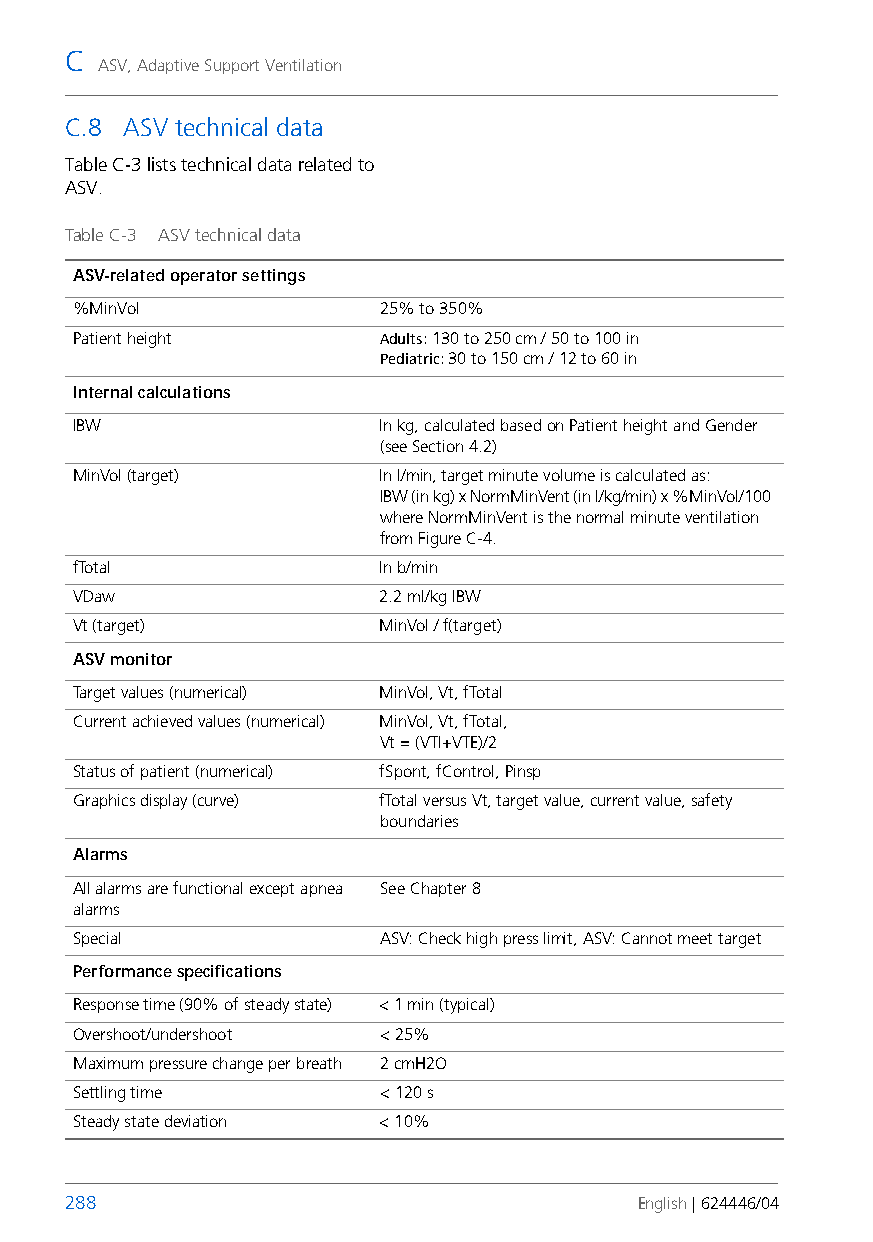
C
 ASV, Adaptive Support Ventilation
 C.8 ASV technical data
 Table C-3 lists technical data related to
 ASV.
 Table C-3 ASV technical data
 ASV-related operator settings
 %MinVol             25% to 350%
 Patient height      Adults: 130 to 250 cm / 50 to 100in
 Pediatric: 30 to 150 cm / 12 to 60in
 Internal calculations
 IBW                 In kg, calculated based on Patient height and Gender
 (see Section 4.2)
 MinVol (target)     In l/min, target minute volume is calculated as:
 IBW (in kg) x NormMinVent (in l/kg/min) x %MinVol/100
 where NormMinVent is the normal minute ventilation
 from Figure C-4.
 fTotal              In b/min
 VDaw                2.2 ml/kg IBW
 Vt (target)         MinVol / f(target)
 ASV monitor
 Target values (numerical) MinVol, Vt, fTotal
 Current achieved values (numerical) MinVol, Vt, fTotal,
 Vt = (VTI+VTE)/2
 Status of patient (numerical) fSpont, fControl, Pinsp
 Graphics display (curve) fTotal versus Vt, target value, current value, safety
 boundaries
 Alarms
 All alarms are functional except apnea See Chapter 8
 alarms
 Special             ASV: Check high press limit, ASV: Cannot meet target
 Performance specifications
 Response time (90% of steady state) < 1 min (typical)
 Overshoot/undershoot < 25%
 Maximum pressure change per breath 2 cmH2O
 Settling time       < 120 s
 Steady state deviation < 10%
 288                                   English | 624446/04